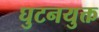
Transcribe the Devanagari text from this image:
घुटनयुक्त